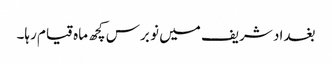
بغداد شریف میں نو برس کچھ ماہ قیام رہا۔